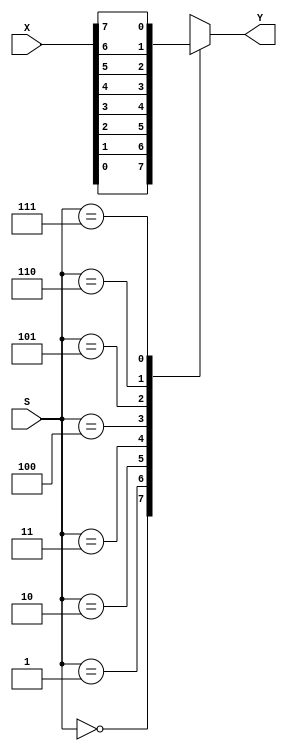
 ///////////////////////////////////////////////////////////////////////////////
 //
 // Class:  CS/ECE 3700
 // Module: mux8to1.v
 // Project: LAB #5 - Synchronous Sequential Circuits
 // Description: Design a Universal Shift Register (USR)
 //   multiplexor 8 to 1 Module (Behavioral)
 //
 ///////////////////////////////////////////////////////////////////////////////

module mux8to1(X,S,Y);
	input [7:0] X;
	input [2:0] S;
	output reg Y;
	
	always @ (*)
		begin
			case(S)
				
				//hold
				3'b000:
					begin
						Y = X[0];
					end
				
				//circular shift right
				3'b001: 
					begin
						Y = X[1];
					end
				
				//circular shift left
				3'b010: 
					begin
						Y = X[2];
					end
				
				//Logical shift right
				3'b011: 
					begin
						Y = X[3];
					end
				
				//Logical shift left
				3'b100: 
					begin
						Y = X[4];
					end
				
				//Arithmetic shift right
				3'b101: 
					begin
						Y = X[5];
					end
				
				//Arithmetic shift left
				3'b110: 
					begin
						Y = X[6];
					end
				
				//Load
				3'b111: 
					begin
						Y = X[7];
					end
			endcase
		end
endmodule